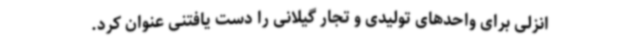
انزلی برای واحدهای تولیدی و تجار گیلانی را دست یافتنی عنوان کرد.